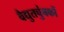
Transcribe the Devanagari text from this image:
वैद्युतचुंबकों